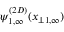
\psi _ { 1 , \infty } ^ { ( 2 D ) } ( x _ { \perp 1 , \infty } )